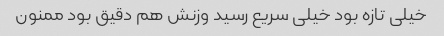
خیلی تازه بود خیلی سریع رسید وزنش هم دقیق بود ممنون